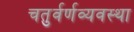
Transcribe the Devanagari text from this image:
चतुर्वर्णव्यवस्था